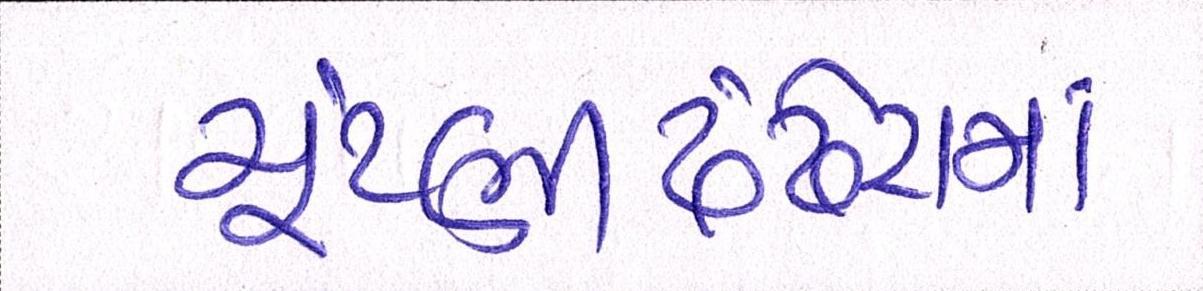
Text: ચૂંટણીઢંઢેરાનાં